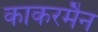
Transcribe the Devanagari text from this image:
काकरमैन